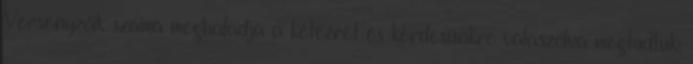
Versenyzőik száma meghaladja a kétezret és kérdésünkre válaszolva megtudtuk: